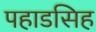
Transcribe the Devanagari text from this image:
पहाडसिह